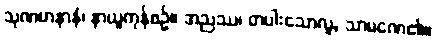
သုဏမာနာနံ၊ နာယူကုန်စဉ်။ အညဿ၊ တပါးသောလူ, သာမဏေ၏။